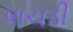
પાચડી